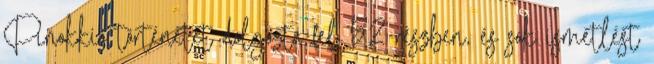
Pinokkió történetét dolgozta fel 52 részben, és sok ismétlést